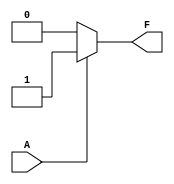
module single_variable_kmap (
    input wire A,     // Input variable
    output wire F     // Output variable
);

// Define the K-map output based on the input A
assign F = (A == 1'b0) ? F0 : F1;

// Define the values for F(0) and F(1)
parameter F0 = 1'b0; // Output when A = 0
parameter F1 = 1'b1; // Output when A = 1

endmodule